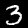
Label: 3